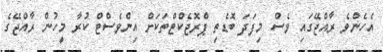
އެހެންވެ ރާއްޖޭގައި ވެސް މިފަދަ ބޮޑެތި ޕްރޮޖެކްޓްތަކަށް އިންވެސްޓް ކުރާ މީހުން ރާއްޖޭގެ